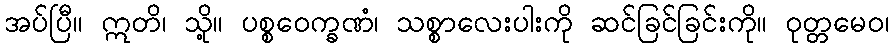
အပ်ပြီ။ ဣတိ၊ သို့။ ပစ္စဝေက္ခဏံ၊ သစ္စာလေးပါးကို ဆင်ခြင်ခြင်းကို။ ဝုတ္တမေဝ၊